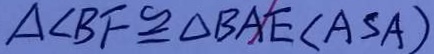
\Delta B F \cong \Delta B A E ( A S A )